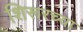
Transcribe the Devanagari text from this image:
शिरूरच्या